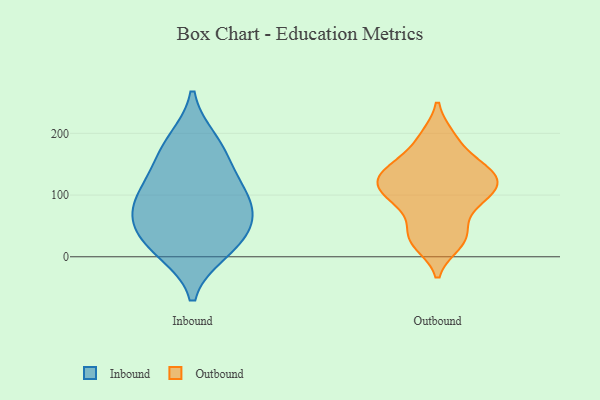
{"axis": {"x": "Energy Usage (MWh)", "y": "Value"}, "legend": ["Inbound", "Outbound"], "data": [{"x": "", "y": 72, "type": "Inbound"}, {"x": "", "y": 187, "type": "Inbound"}, {"x": "", "y": 33, "type": "Inbound"}, {"x": "", "y": 82, "type": "Inbound"}, {"x": "", "y": 70, "type": "Inbound"}, {"x": "", "y": 110, "type": "Inbound"}, {"x": "", "y": 21, "type": "Inbound"}, {"x": "", "y": 128, "type": "Inbound"}, {"x": "", "y": 10, "type": "Inbound"}, {"x": "", "y": 170, "type": "Inbound"}, {"x": "", "y": 154, "type": "Outbound"}, {"x": "", "y": 77, "type": "Outbound"}, {"x": "", "y": 36, "type": "Outbound"}, {"x": "", "y": 26, "type": "Outbound"}, {"x": "", "y": 111, "type": "Outbound"}, {"x": "", "y": 128, "type": "Outbound"}, {"x": "", "y": 192, "type": "Outbound"}, {"x": "", "y": 102, "type": "Outbound"}, {"x": "", "y": 140, "type": "Outbound"}, {"x": "", "y": 22, "type": "Outbound"}, {"x": "", "y": 37, "type": "Outbound"}, {"x": "", "y": 90, "type": "Outbound"}, {"x": "", "y": 134, "type": "Outbound"}, {"x": "", "y": 145, "type": "Outbound"}, {"x": "", "y": 130, "type": "Outbound"}, {"x": "", "y": 194, "type": "Outbound"}, {"x": "", "y": 109, "type": "Outbound"}, {"x": "", "y": 101, "type": "Outbound"}]}